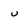
Character: u